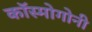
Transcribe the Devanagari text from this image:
कॉस्मोगोनी